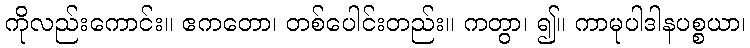
ကိုလည်းကောင်း။ ဧကတော၊ တစ်ပေါင်းတည်း။ ကတွာ၊ ၍။ ကာမုပါဒါနပစ္စယာ၊